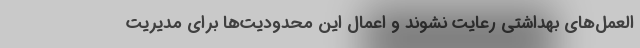
العمل‌های بهداشتی رعایت نشوند و اعمال این محدودیت‌ها برای مدیریت